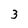
Character: 3